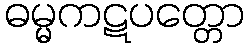
ဓမ္မကဋပတ္တော